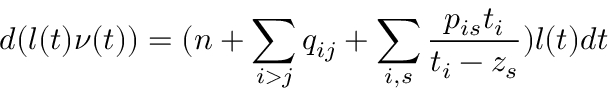
d ( l ( t ) \nu ( t ) ) = ( n + \sum _ { i > j } q _ { i j } + \sum _ { i , s } \frac { p _ { i s } t _ { i } } { t _ { i } - z _ { s } } ) l ( t ) d t